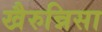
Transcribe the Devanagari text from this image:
खैरुन्निसा